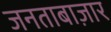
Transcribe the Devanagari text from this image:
जनताबाज़ार